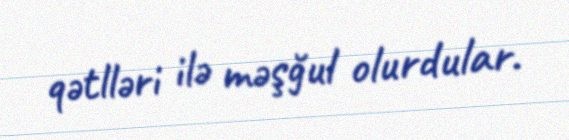
qətlləri ilə məşğul olurdular.